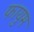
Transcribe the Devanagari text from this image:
फायुम